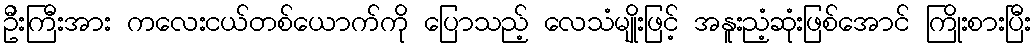
ဦးကြီးအား ကလေးငယ်တစ်ယောက်ကို ပြောသည့် လေသံမျိုးဖြင့် အနူးညံ့ဆုံးဖြစ်အောင် ကြိုးစားပြီး